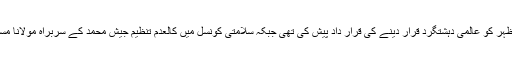
سلامتی کونسل میں بھارت کی درخواست پر امریکا، فرانس اور برطانیہ نے مسعود اظہر کو عالمی دہشتگرد قرار دینے کی قرار داد پیش کی تھی جبکہ سلامتی کونسل میں کالعدم تنظیم جیش محمد کے سربراہ مولانا مسعود اظہر کے خلاف قرار داد پر اعتراض کی ڈیڈلائن ختم ہونے کا آج آخری روز تھا۔